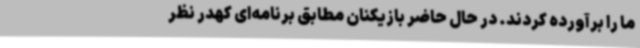
ما را برآورده کردند. در حال حاضر بازیکنان مطابق برنامه‌ای کهدر نظر